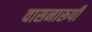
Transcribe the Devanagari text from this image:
वासनारूपी